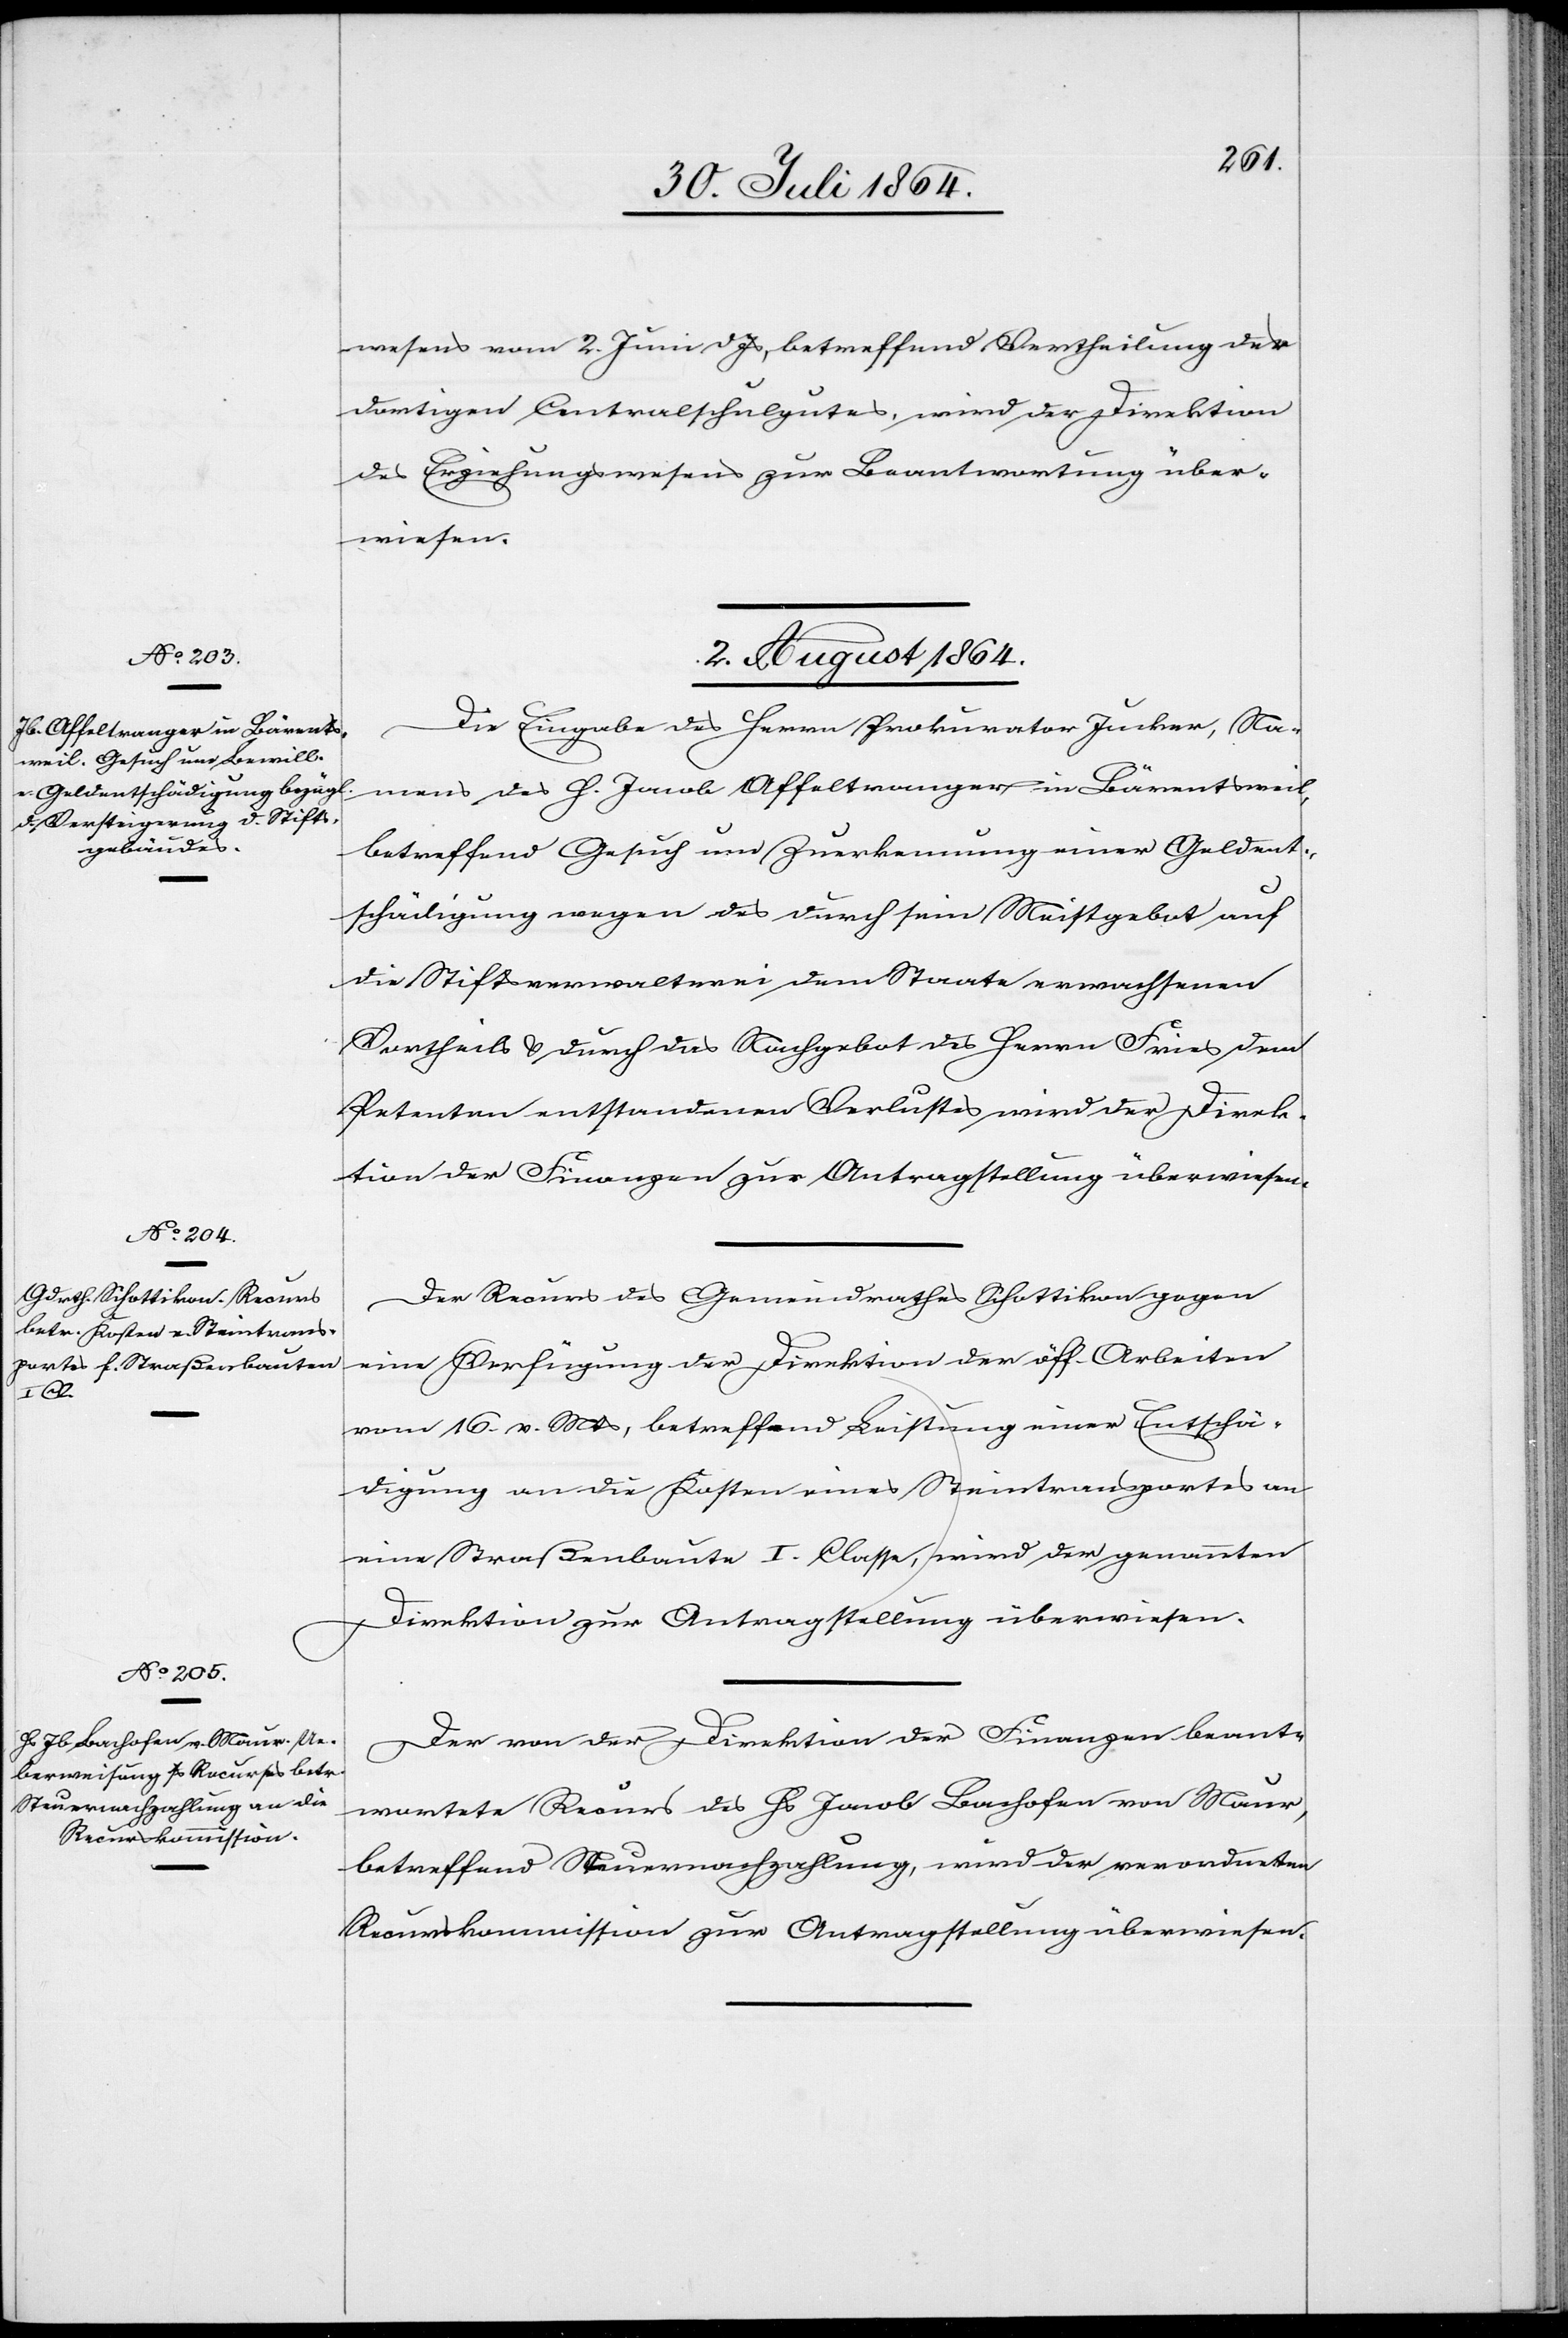
wesens vom 2. Juni d. Js., betreffend Vertheilung des
dortigen Centralschulgutes, wird der Direktion
des Erziehungswesens zur Beantwortung über¬
wiesen.
2. August 1864.]
Die Eingabe des Herrn Prokurator Junker, Na¬
mens des H. Jacob Affeltranger in Bärentsweil,
betreffend Gesuch um Zuerkennung einer Geldent¬
schädigung wegen des durch sein Meistgebot auf
die Stiftsverwalterei dem Staate erwachsenen
Vortheils & durch das Nachgebot des Herrn Fries dem
Petenten entstandenen Verlustes wird der Direk¬
tion der Finanzen zur Antragstellung überwiesen.
Der Recurs des Gemeindrathes Schottikon gegen
eine Verfügung der Direktion der öff. Arbeiten
vom 16. v. Mts., betreffend Leistung einer Entschä¬
digung an die Kosten eines Steintransportes an
eine Straßenbaute I. Classe, wird der genannten
Direktion zur Antragstellung überwiesen.
Der von der Direktion der Finanzen beant¬
wortete Recurs des Hs. Jacob Bachofen von Maur,
betreffend Steuernachzahlung, wird der verordneten
Recurskommission zur Antragstellung überwiesen.